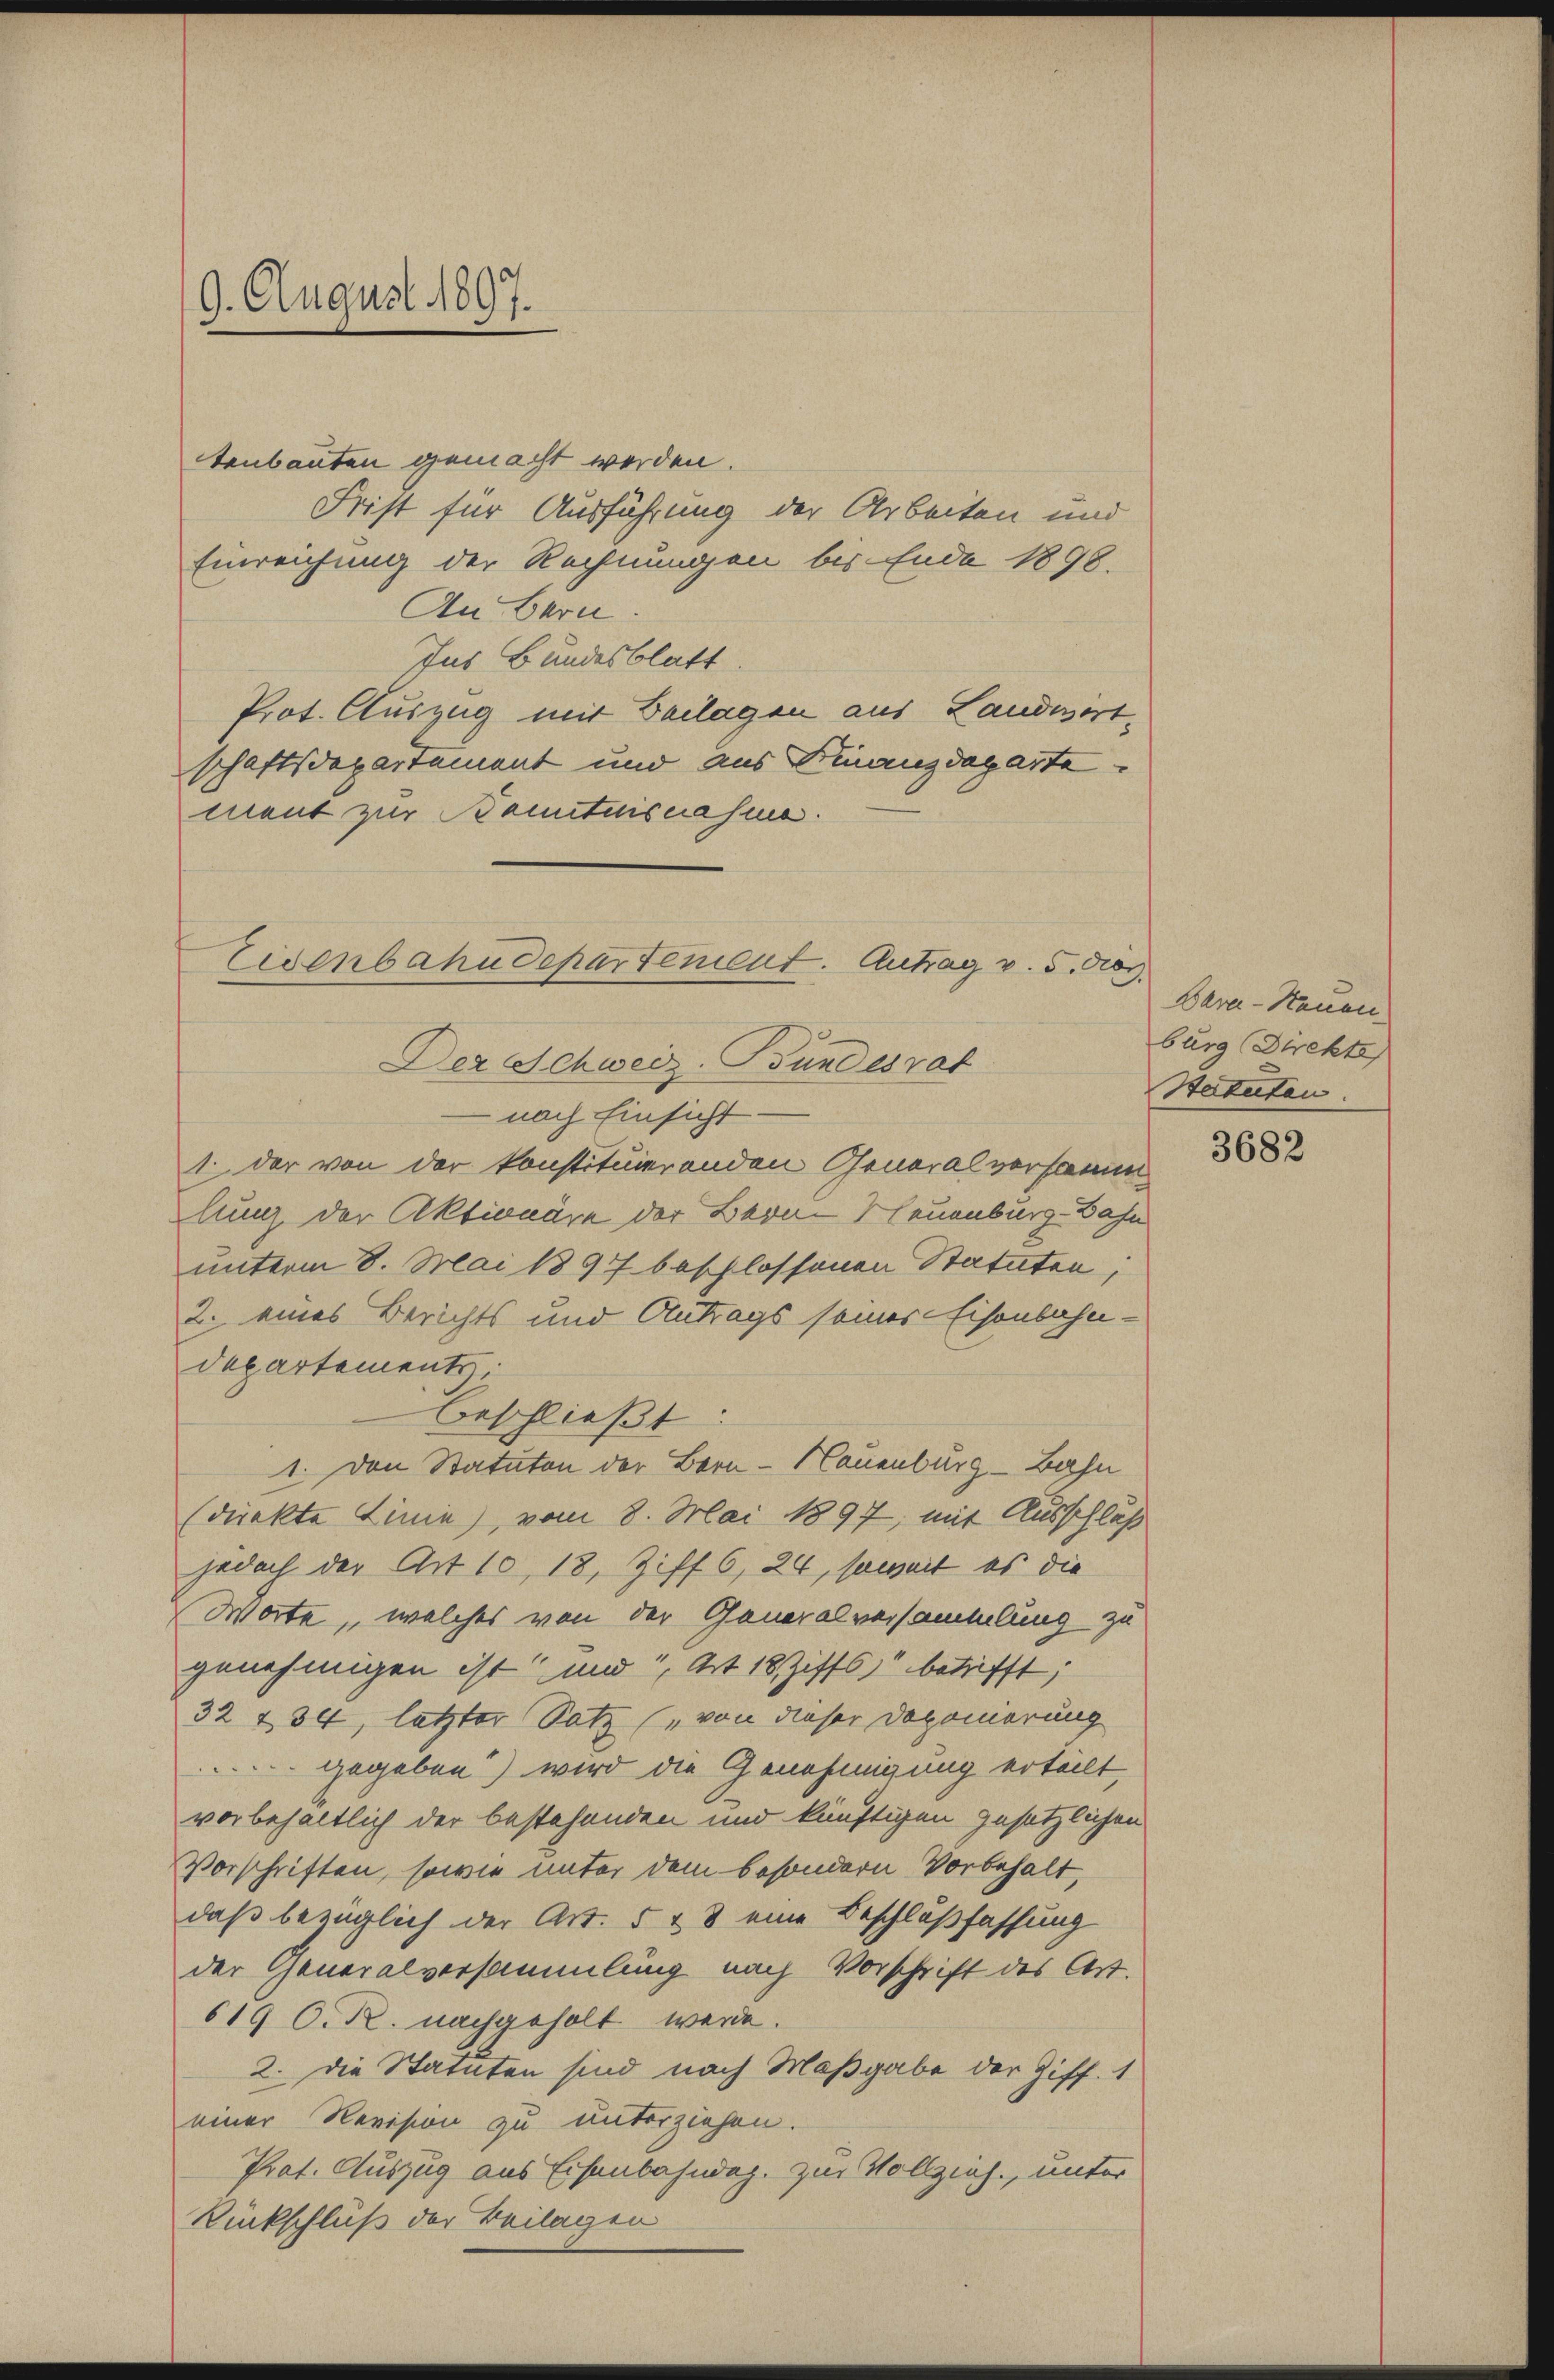
9. August 1897.

tenbauten gemacht werden.
Frist für Ausführung der Arbeiten und
Einreichung der Rechnungen bis Ende 1898.
An Bern.
Ins Bundesblatt
Prot. Auszug mit Beilagen aus Landwörtschaftsdepartement und aus Finanzdeparte
ment zur Banntnisnahme.
nach Einsicht
1. der von der konstituierenden Generalversamm
lung der Aktionäre der Berne Neuenburg-Bahn
unterm 8. Mai 1897 beschlossenen Statuten,
2. eines Berichts und Antrags seines Eisenbahndepartemente.
beschließt:
1. Den Statuten der Bern-Neuenburg-Bahn
(direkte Linie, vom 8. Mai 1897, mit Ausschluß
jedoch der Art. 10, 18, Ziff. 6, 24, soweit es die
Worte, welches von der Generalversammlung zu
genehmigen ist und, Art 18 Ziffs betrifft;
32 434, letzter Satz (von dieser Deponierung
gegeben) wird die Genehmigung erteilt,
vorbehaltlich der bestehenden und künftigen gesetzlichen
Vorschriften, sowie unter dem besondern Vorbehalt,
daß bezüglich der Art. 5 & 8 eine Beschlußfassung
der Generalversammlung nach Vorschrift des Art.
619 O. R. nachgeholt werde.
2. Die Statuten sind nach Maßgabe der Ziff. 1
einer Revision zu unterziehen.
Prot. Auszug aus Eisenbahndag. zur Vollzieh, unter
Rückschluß der Beilagen

Eisenbahndepartement. Antrag v. 5. dies
Der Schweiz. Bundesrat

Bara - Neuen
burg (Direkte
Harkeiten.

3682